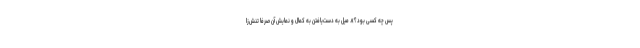
پس چه کسی بود؟». میل به دست‌یافتن به کمال و نمایشِ آن صرفاً تنش‌زا